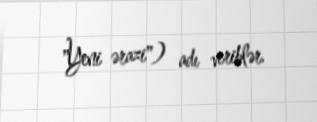
"Yeni ərazi") adı veriblər.